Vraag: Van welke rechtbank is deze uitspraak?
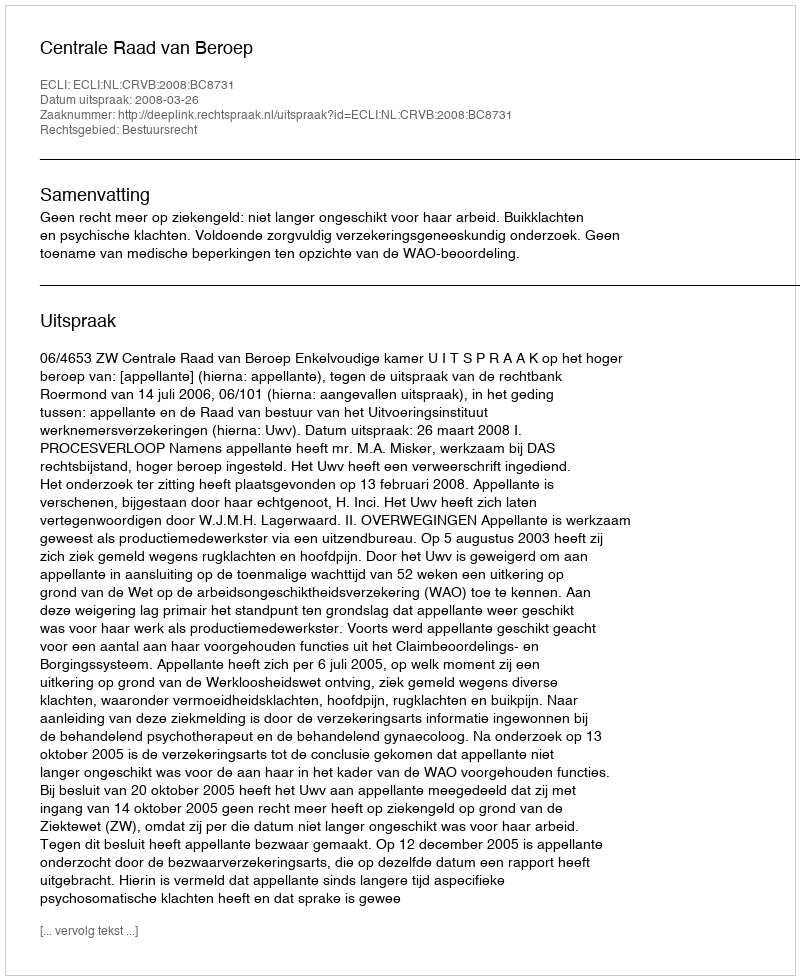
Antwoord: Centrale Raad van Beroep